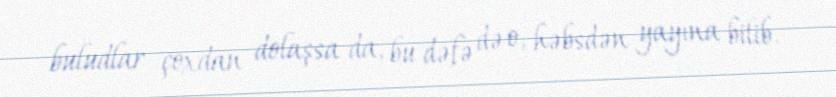
buludlar çoxdan dolaşsa da, bu dəfə də o, həbsdən yayına bilib.